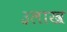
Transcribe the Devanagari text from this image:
३लाख